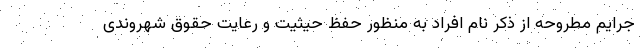
جرایم مطروحه از ذکر نام افراد به منظور حفظ حیثیت و رعایت حقوق شهروندی